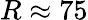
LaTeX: R\approx 75